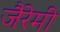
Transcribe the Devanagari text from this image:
जैरेमी